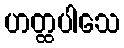
ဟတ္ထပါသေ